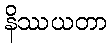
နိဿယတာ